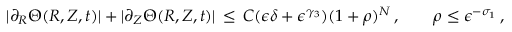
| \partial _ { R } \Theta ( R , Z , t ) | + | \partial _ { Z } \Theta ( R , Z , t ) | \, \le \, C ( \epsilon \delta + \epsilon ^ { \gamma _ { 3 } } ) ( 1 + \rho ) ^ { N } \, , \qquad \rho \le \epsilon ^ { - \sigma _ { 1 } } \, ,